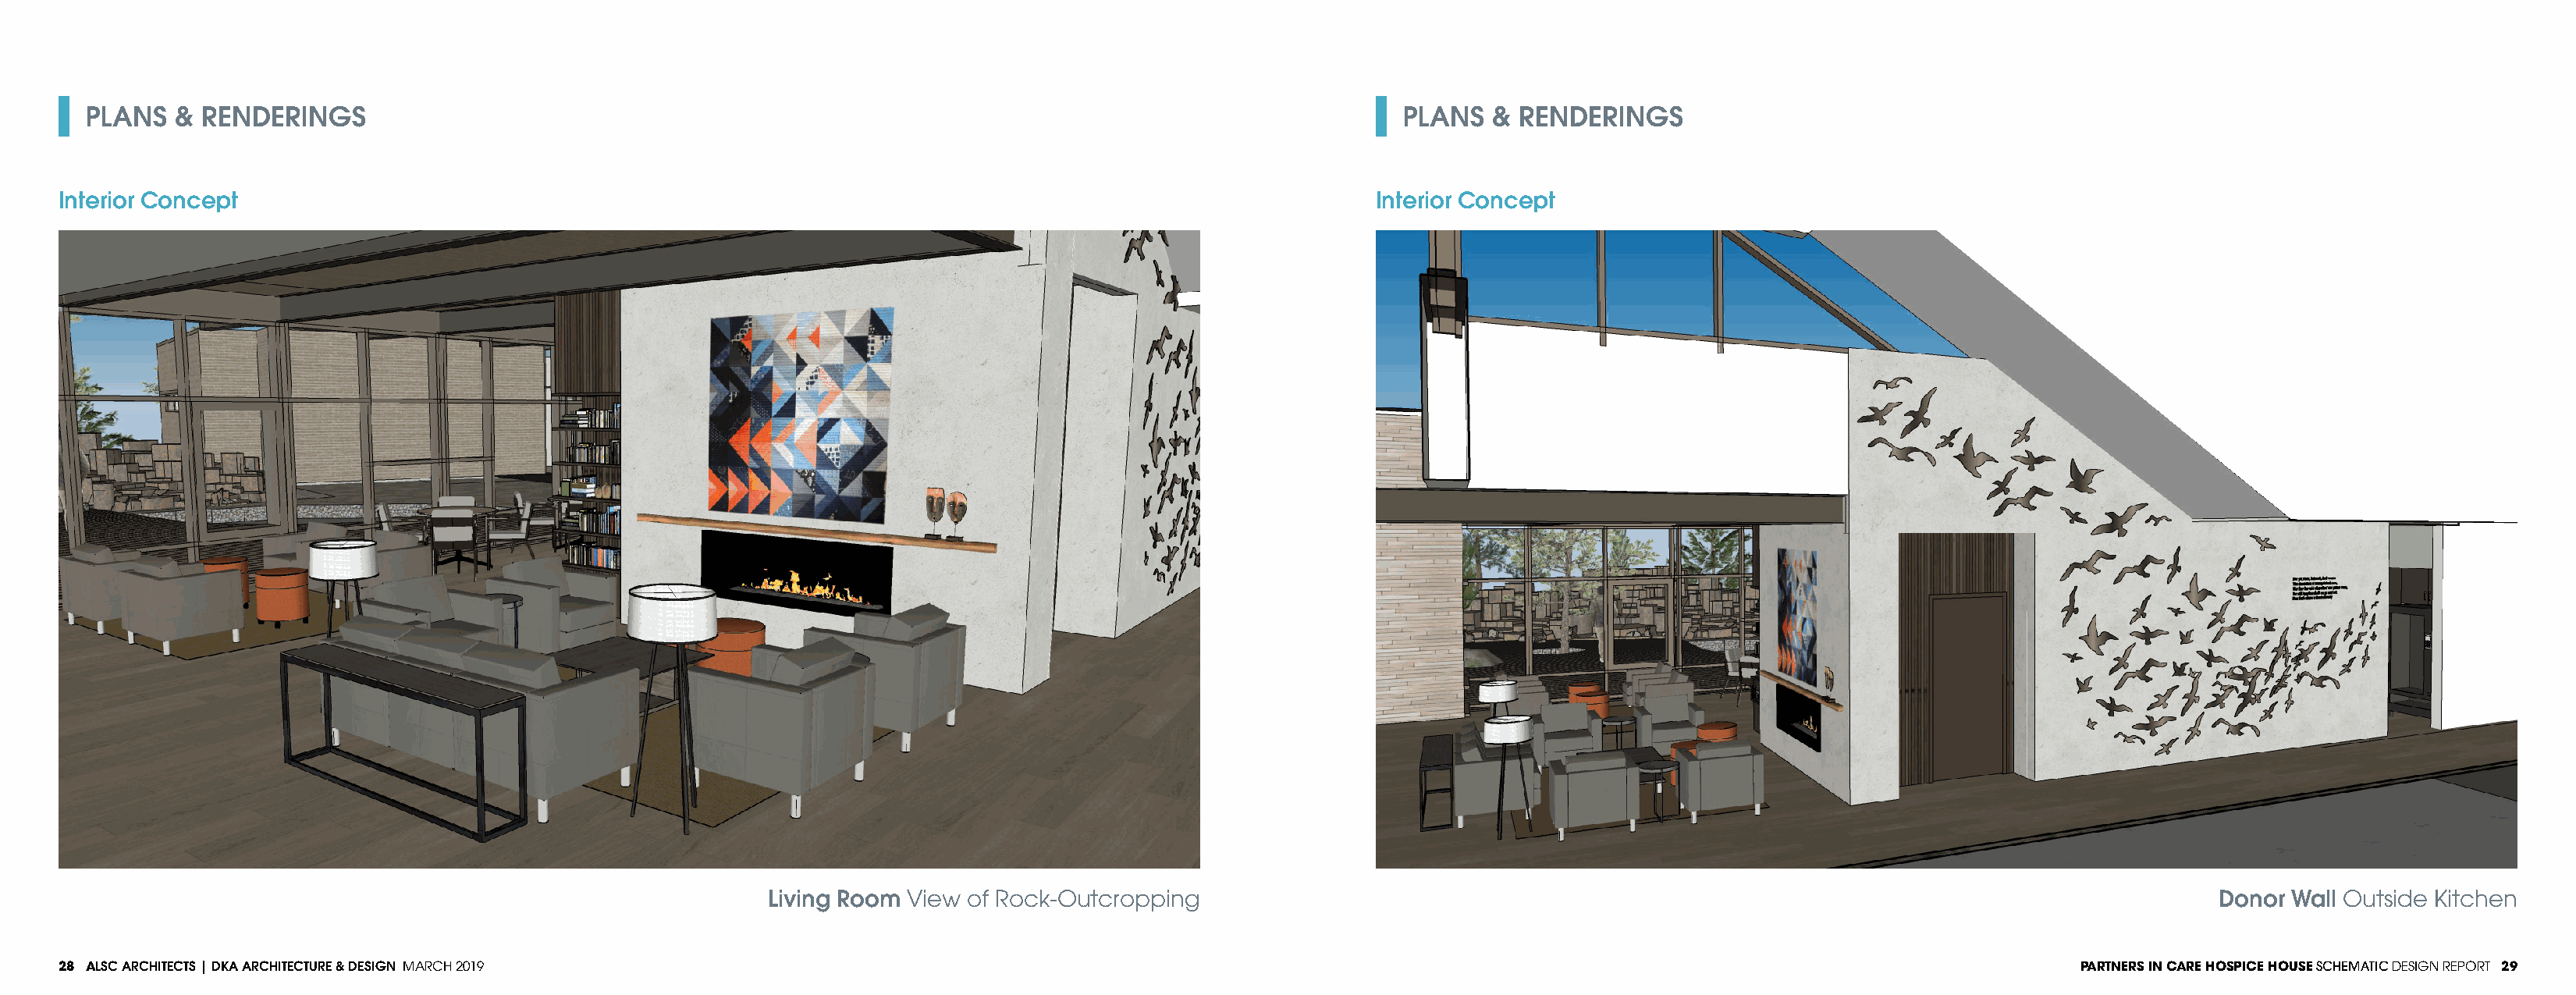
PLANS   & RENDERINGS                                                                                            PLANS   & RENDERINGS
 Interior Concept                                                                                                Interior Concept
 Living Room View of Rock-Outcropping                                                                                       Donor Wall Outside Kitchen
 28 ALSC ARCHITECTS | DKA ARCHITECTURE & DESIGN MARCH 2019                                                                                                                  PARTNERS IN CARE HOSPICE HOUSE SCHEMATIC DESIGN REPORT 29